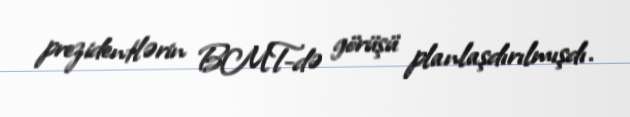
prezidentlərin BMT-də görüşü planlaşdırılmışdı.